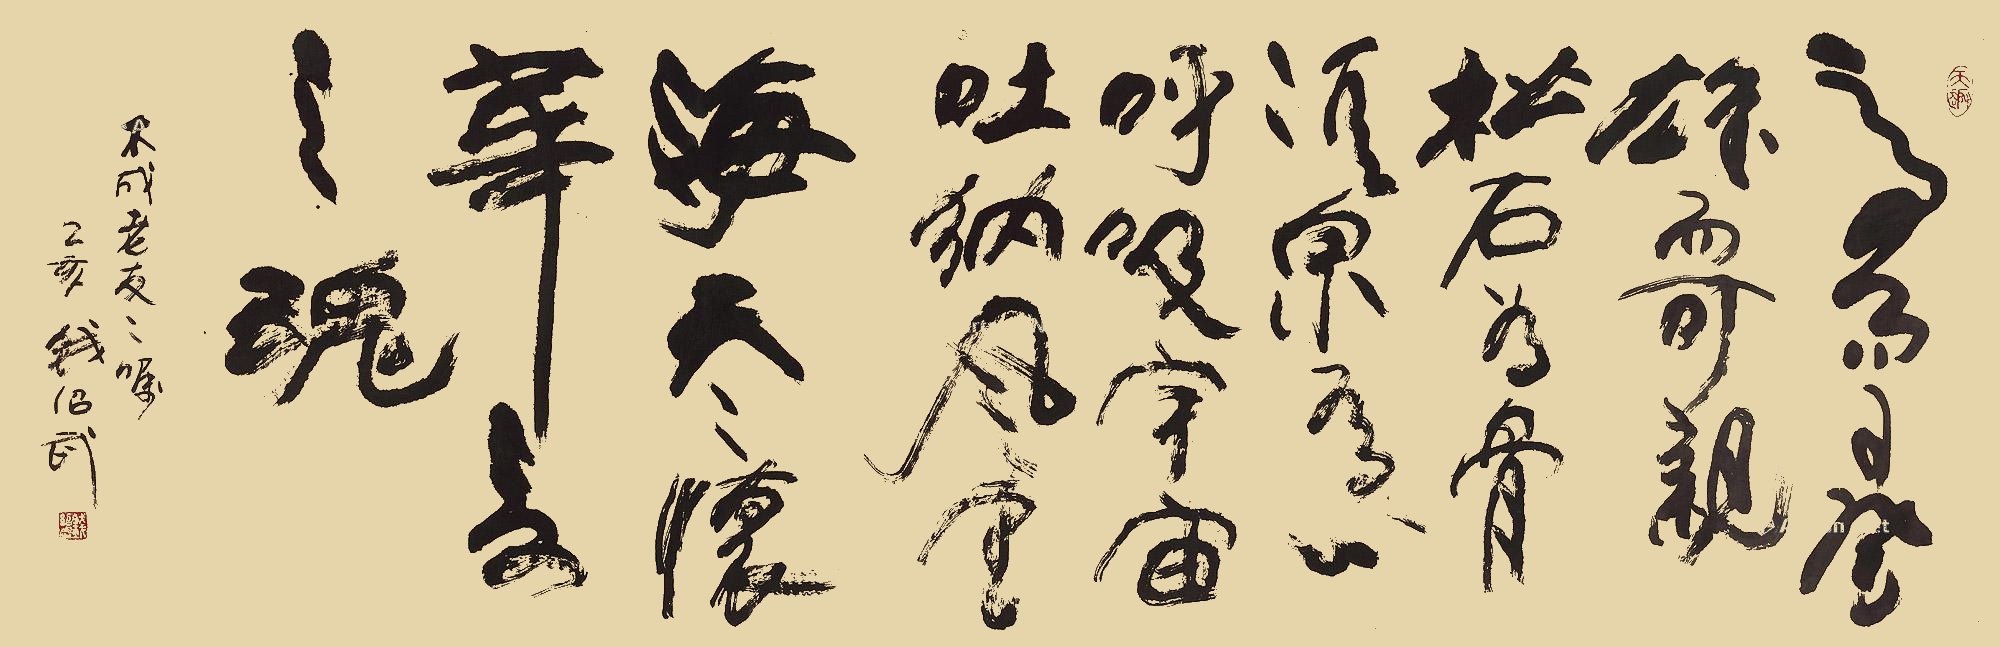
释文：高而可登，雄而可亲。松石为骨，清泉为心。呼吸宇宙，吐纳风云。海天之怀，华夏之魂。木成老友之嘱，乙亥（1995年）钱绍武。